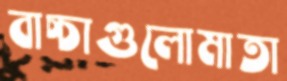
বাচ্চাগুলোমাতা